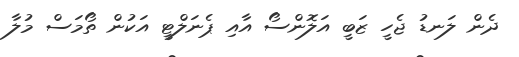
ދެން ލަނޑު ޖެހީ ޒަބީ އަލޮންސޯ އާއި ޕެނަލްޓީ އަކުން ތޯމަސް މުލާ